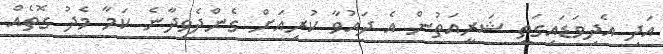
އަދި އެދިވަޑައިގަތީ ޝަރީއަތުން އެ ދައުވާ ކުރިއަށް ގެންދެވިދާނެ ކަމާ މެދު ގޮތެއް